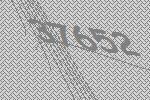
37652